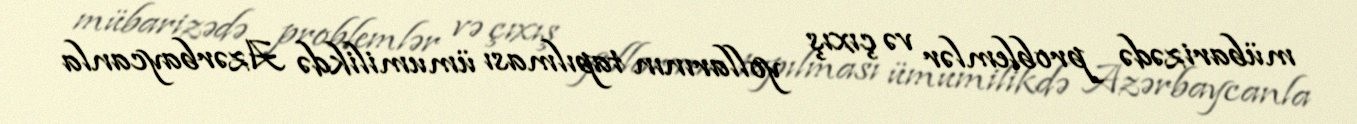
mübarizədə problemlər və çıxış yollarının tapılması ümumilikdə Azərbaycanla